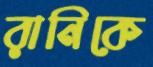
রানিকে